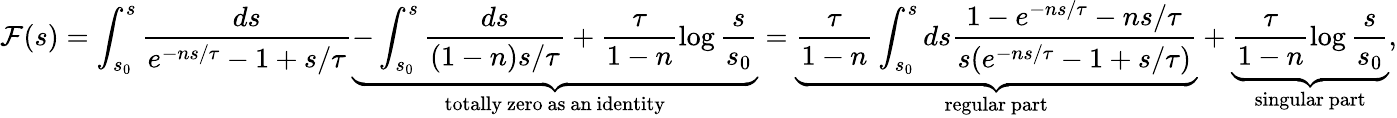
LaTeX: \mathcal{F}(s)=\int_{s_{0}}^{s}\frac{ds}{e^{-ns/\tau}-1+s/\tau}\underbrace{-\int_{s_{0}}^{s}\frac{ds}{(1-n)s/\tau}+\frac{\tau}{1-n}\log\frac{s}{s_{0}}}_{\mathrm{totally~zero~as~an~identity}}=\underbrace{\frac{\tau}{1-n}\int_{s_{0}}^{s}ds\frac{1-e^{-ns/\tau}-ns/\tau}{s(e^{-ns/\tau}-1+s/\tau)}}_{\mathrm{regular~part}}+\underbrace{\frac{\tau}{1-n}\log\frac{s}{s_{0}}}_{\mathrm{singular~part}},